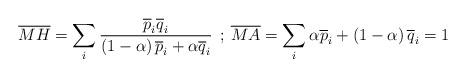
LaTeX: \begin{align*}\overline{MH}=\sum_{i} \frac{\overline{p}_{i}\overline{q}_{i}}{\left(1-\alpha\right)\overline{p}_{i}+\alpha \overline{q}_{i}}\:\:;\:\overline{MA}=\sum_{i}\alpha \overline{p}_{i}+\left(1-\alpha\right)\overline{q}_{i}=1\end{align*}